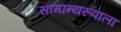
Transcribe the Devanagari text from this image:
सामान्यरूपाला